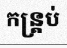
កន្ត្រប់